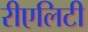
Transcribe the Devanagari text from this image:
रीएलिटी